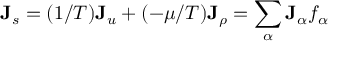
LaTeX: \mathbf { J } _ { s } = ( 1 / T ) \mathbf { J } _ { u } + ( - \mu / T ) \mathbf { J } _ { \rho } = \sum _ { \alpha } \mathbf { J } _ { \alpha } f _ { \alpha }